Leaving Certificate Examination (including Day School Certificate (Higher) General paper), 1928
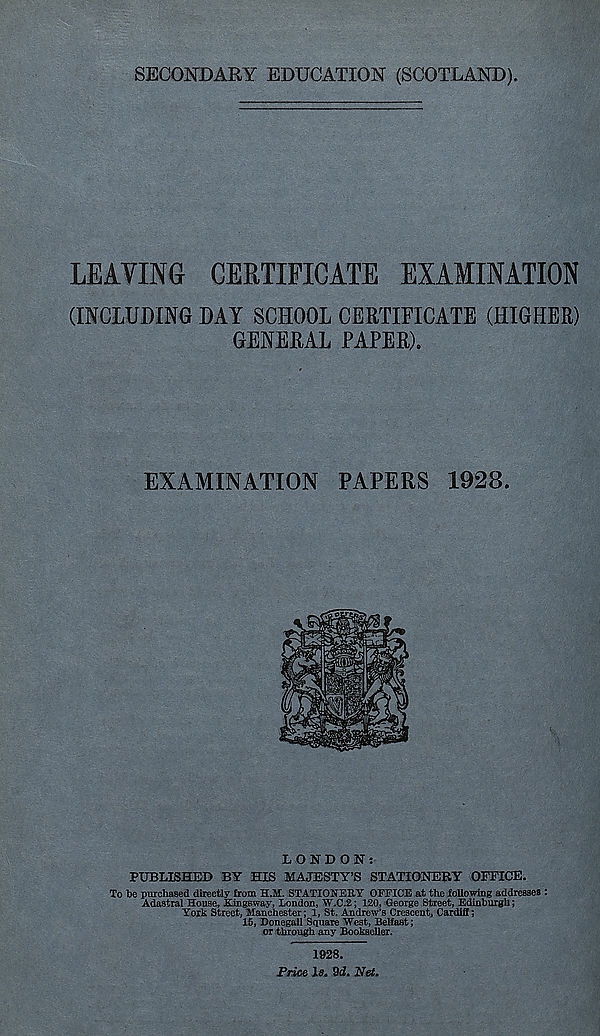
SECONDARY EDUCATION (SCOTLAND)
LEAVING
CERTIFICATE EXAMINATION
(INCLUDING DAY SCHOOL CERTIFICATE (HIGHER)
GENERAL PAPER).
EXAMINATION PAPERS 1928.
LONDON:
PUBLISHED BY HIS MAJESTY’S STATIONERY OFFICE.
To be purchased directly from H.M. STATIONERY OFFICE at the following addresses :
Adastral House, Kings way, London, W.C.2; 120, George Street, Edinburgh;
York Street, Manchester; 1, St. Andrew’s Crescent, Cardiff;
15, Donegall Square West, Belfast;
or through any Bookseller.
1928.
Price 1«. 9i. Net.